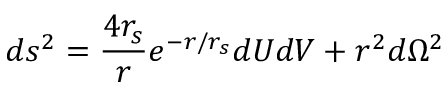
d s ^ { 2 } = \frac { 4 r _ { s } } { r } e ^ { - r / r _ { s } } d U d V + r ^ { 2 } d \Omega ^ { 2 }